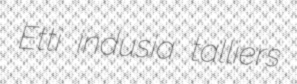
Etti indusia talliers